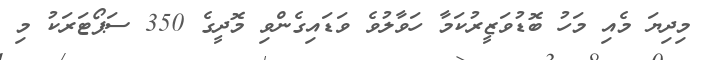
މިދިޔަ މެއި މަހު ބޮޑުވަޒީރުކަމާ ހަވާލުވެ ވަޑައިގެންވި މޮދީގެ 350 ސަޕޯޓަރަކު މި